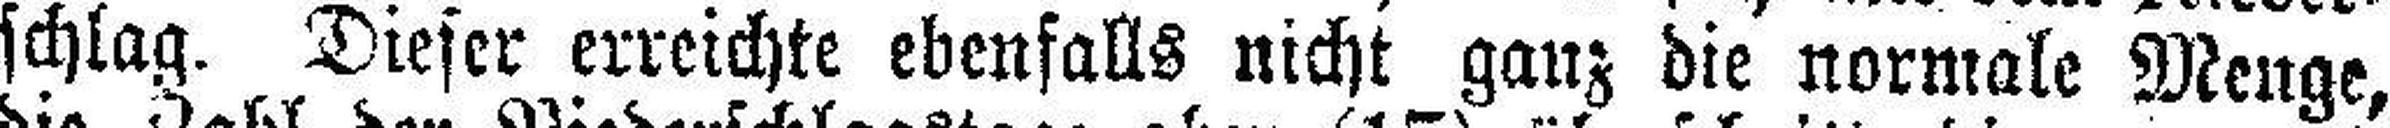
schlag. Dieser erreichte ebenfalls nicht ganz die normale Menge,